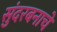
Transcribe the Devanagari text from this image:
सुंदरबनाचे